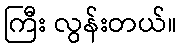
ကြီး လွန်းတယ်။